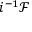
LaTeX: i ^ { - 1 } { \mathcal { F } }